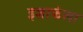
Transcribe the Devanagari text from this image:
इशाफंला